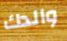
والدك